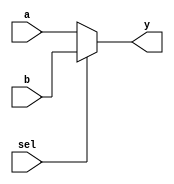
module my_mux(
  input wire a,
  input wire b,
  input wire sel,
  output reg y
);

  always @(a, b, sel)
    begin
      if (sel == 1'b0)
        y = a;
      else
        y = b;
    end

endmodule